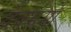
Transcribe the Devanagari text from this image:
देवमर्मा